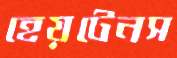
হেয়টেনস